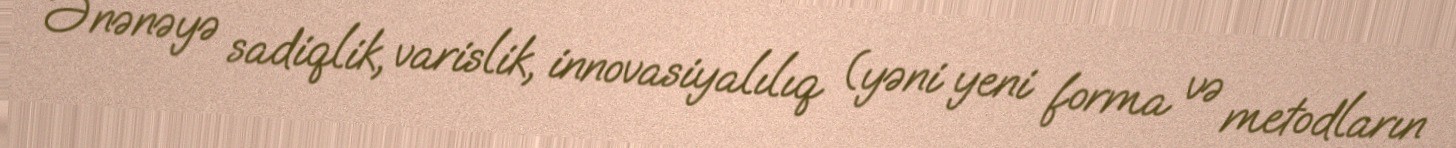
Ənənəyə sadiqlik, varislik, innovasiyalılıq (yəni yeni forma və metodların